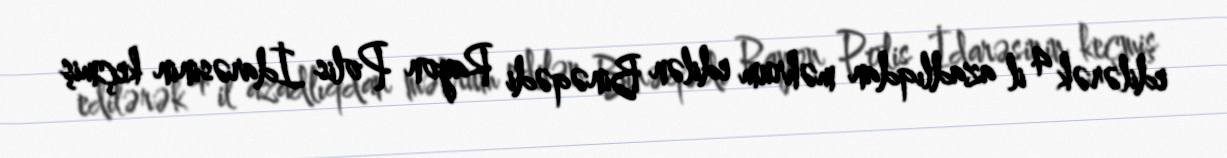
edilərək 4 il azadlıqdan məhrum edilən Binəqədi Rayon Polis İdarəsinin keçmiş